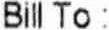
BILL TO :